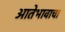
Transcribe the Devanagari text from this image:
आतेभावाचा